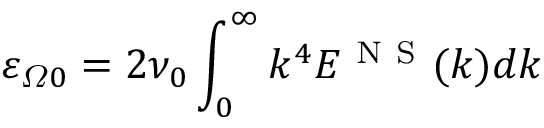
{ { \varepsilon } _ { \varOmega 0 } } = 2 { { \nu } _ { 0 } } \int _ { 0 } ^ { \infty } { { { k } ^ { 4 } } { { E } ^ { \mathrm { ~ N ~ S ~ } } } ( k ) d k }